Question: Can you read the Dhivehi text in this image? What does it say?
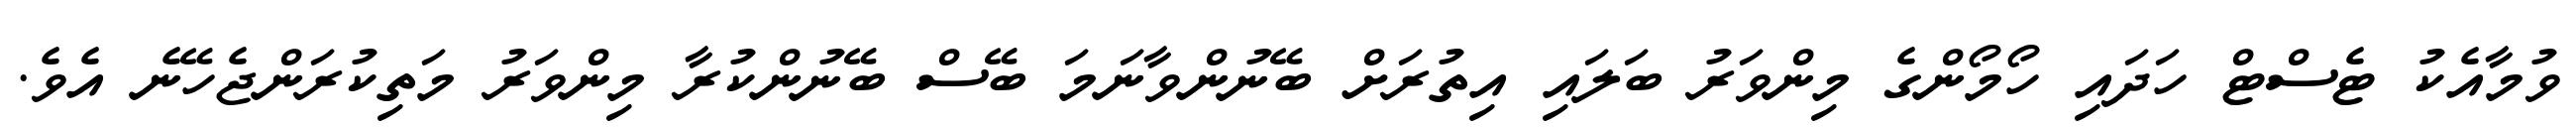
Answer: ވުމާއެކު ޓެސްޓް ހަދައި ހޯމޯންގެ މިންވަރު ބަލައި އިތުރަށް ބޭނުންވާނަމަ ބޭސް ބޭނުންކުރާ މިންވަރު މަތިކުރަންޖެހޭނެ އެވެ.